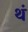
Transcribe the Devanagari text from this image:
थं